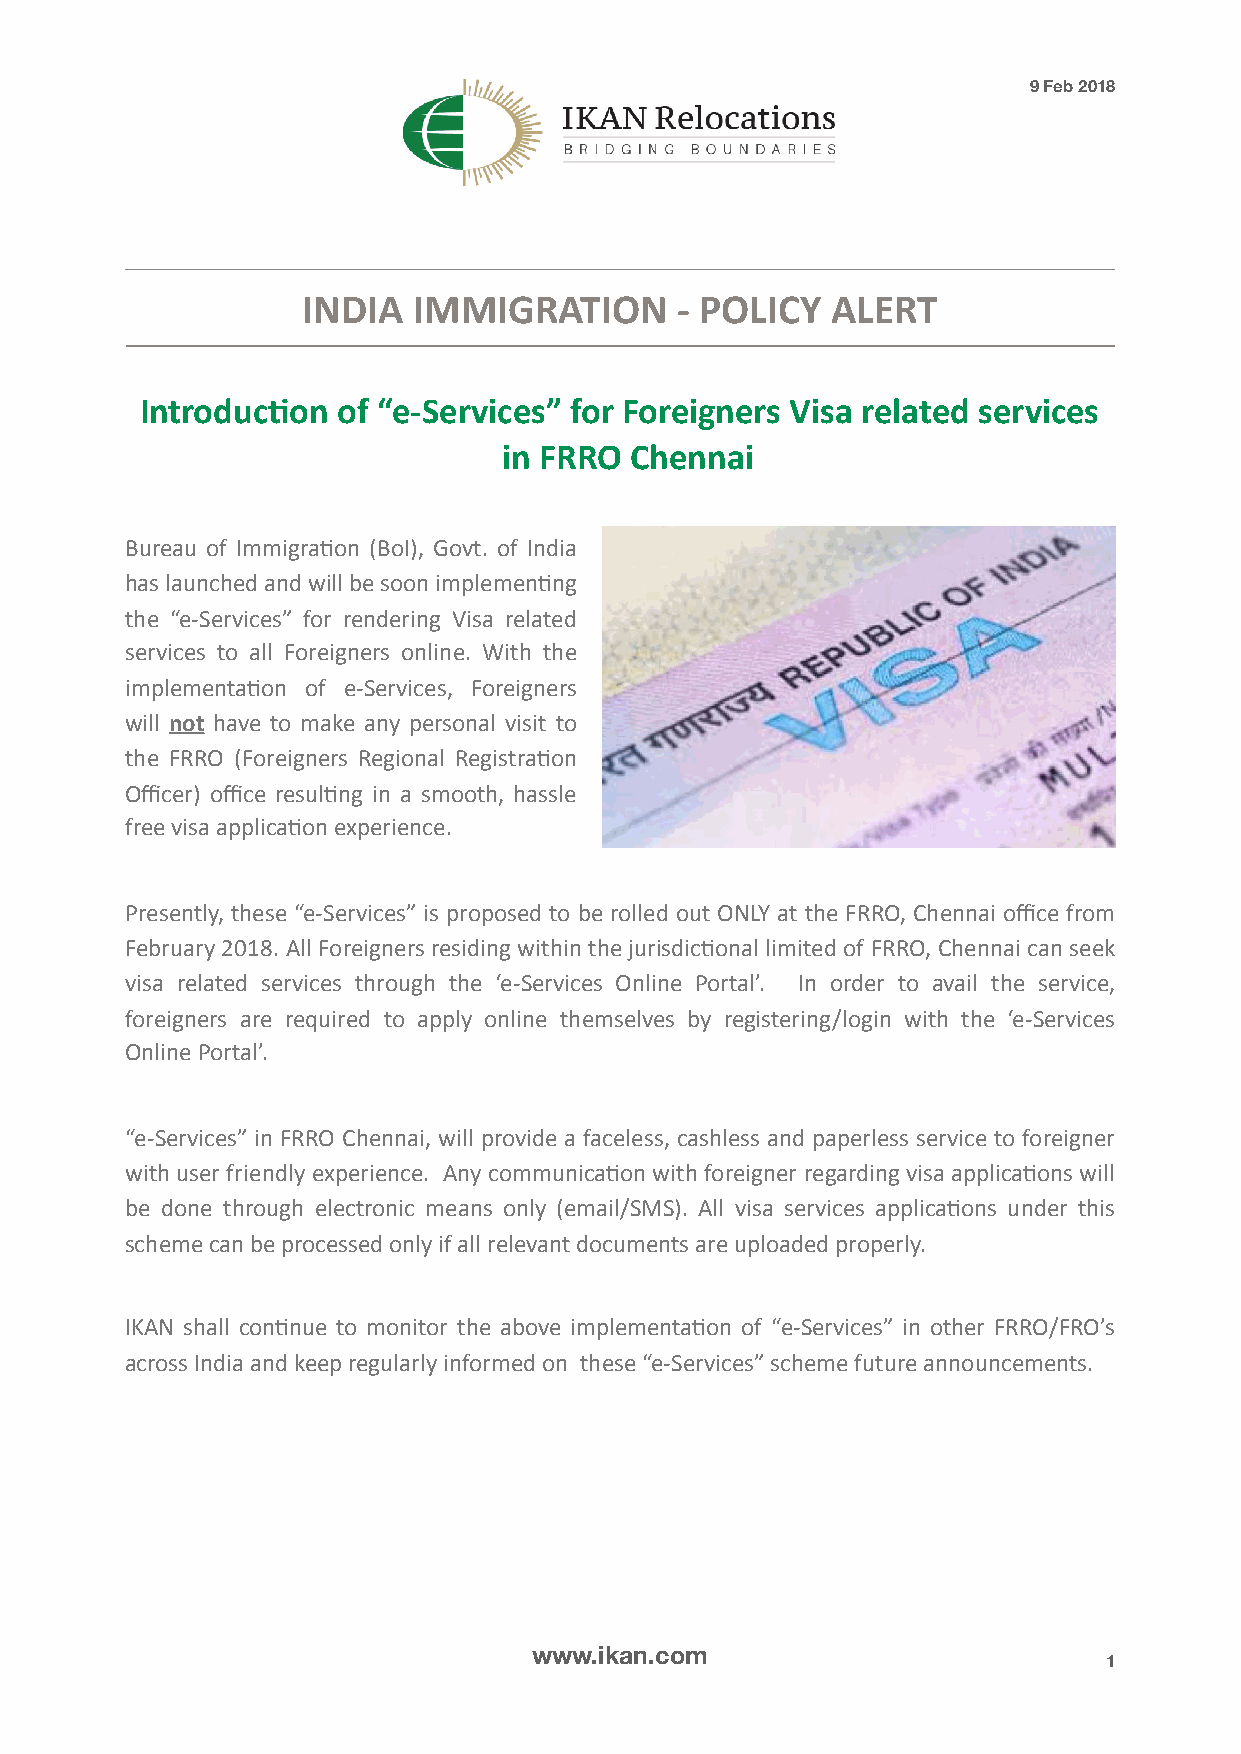
9 Feb 2018

 INDIA  IMMIGRATION       - POLICY  ALERT
 Introduc8on  of “e-Services” for Foreigners Visa related services
 in FRRO  Chennai
 Bureau of Immigra-on (BoI), Govt. of India
 has launched and will be soon implemen-ng
 the “e-Services” for rendering Visa related
 services to all Foreigners online. With the
 implementa-on of e-Services, Foreigners
 will not have to make any personal visit to
 the FRRO (Foreigners Regional Registra-on
 Officer) office resul-ng in a smooth, hassle
 free visa applica-on experience.
 Presently, these “e-Services” is proposed to be rolled out ONLY at the FRRO, Chennai office from
 February 2018. All Foreigners residing within the jurisdic-onal limited of FRRO, Chennai can seek
 visa related services through the ‘e-Services Online Portal’. In order to avail the service,
 foreigners are required to apply online themselves by registering/login with the ‘e-Services
 Online Portal’.
 “e-Services” in FRRO Chennai, will provide a faceless, cashless and paperless service to foreigner
 with user friendly experience. Any communica-on with foreigner regarding visa applica-ons will
 be done through electronic means only (email/SMS). All visa services applica-ons under this
 scheme can be processed only if all relevant documents are uploaded properly.
 IKAN shall con-nue to monitor the above implementa-on of “e-Services” in other FRRO/FRO’s
 across India and keep regularly informed on these “e-Services” scheme future announcements.
 www.ikan.com
 1